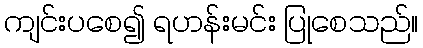
ကျင်းပစေ၍ ရဟန်းမင်း ပြုစေသည်။